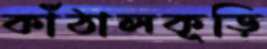
কাঁঠালকূড়ি